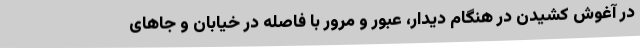
در آغوش کشیدن در هنگام دیدار، عبور و مرور با فاصله در خیابان و جاهای